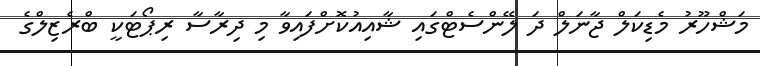
މަޝްހޫރު މެޑިކަލް ޖާނަލް ދަ ލޭންސެޓްގައި ޝާއިއުކޮށްފައިވާ މި ދިރާސާ ރިޕޯޓަކީ ބްރެޒިލްގެ